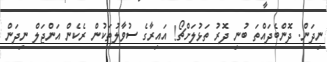
ނިދަން. ދޮންބެދައްތަ ބުނި ދޮރު ތަޅުލަށްޗޯ! އައިރާގެ ސުވާލުތަކުން ރެކެން އަންޖަލް ނިދަން